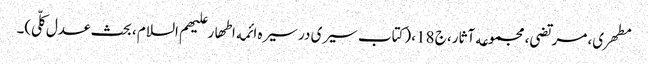
مطهری، مرتضی، مجموعه آثار، ج 18، (کتاب سیری در سیره ائمه اطهار علیهم السلام ، بحث عدل کلّی)۔